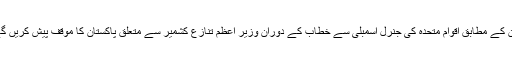
بیان کے مطابق اقوام متحدہ کی جنرل اسمبلی سے خطاب کے دوران وزیر اعظم تنازع کشمیر سے متعلق پاکستان کا موقف پیش کریں گے۔